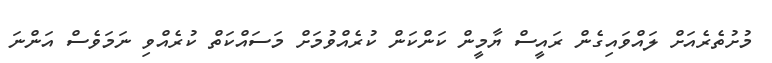
މުށުތެރެއަށް ލައްވައިގެން ރައީސް ޔާމީން ކަންކަން ކުރެއްވުމަށް މަސައްކަތް ކުރެއްވި ނަމަވެސް އަންނަ